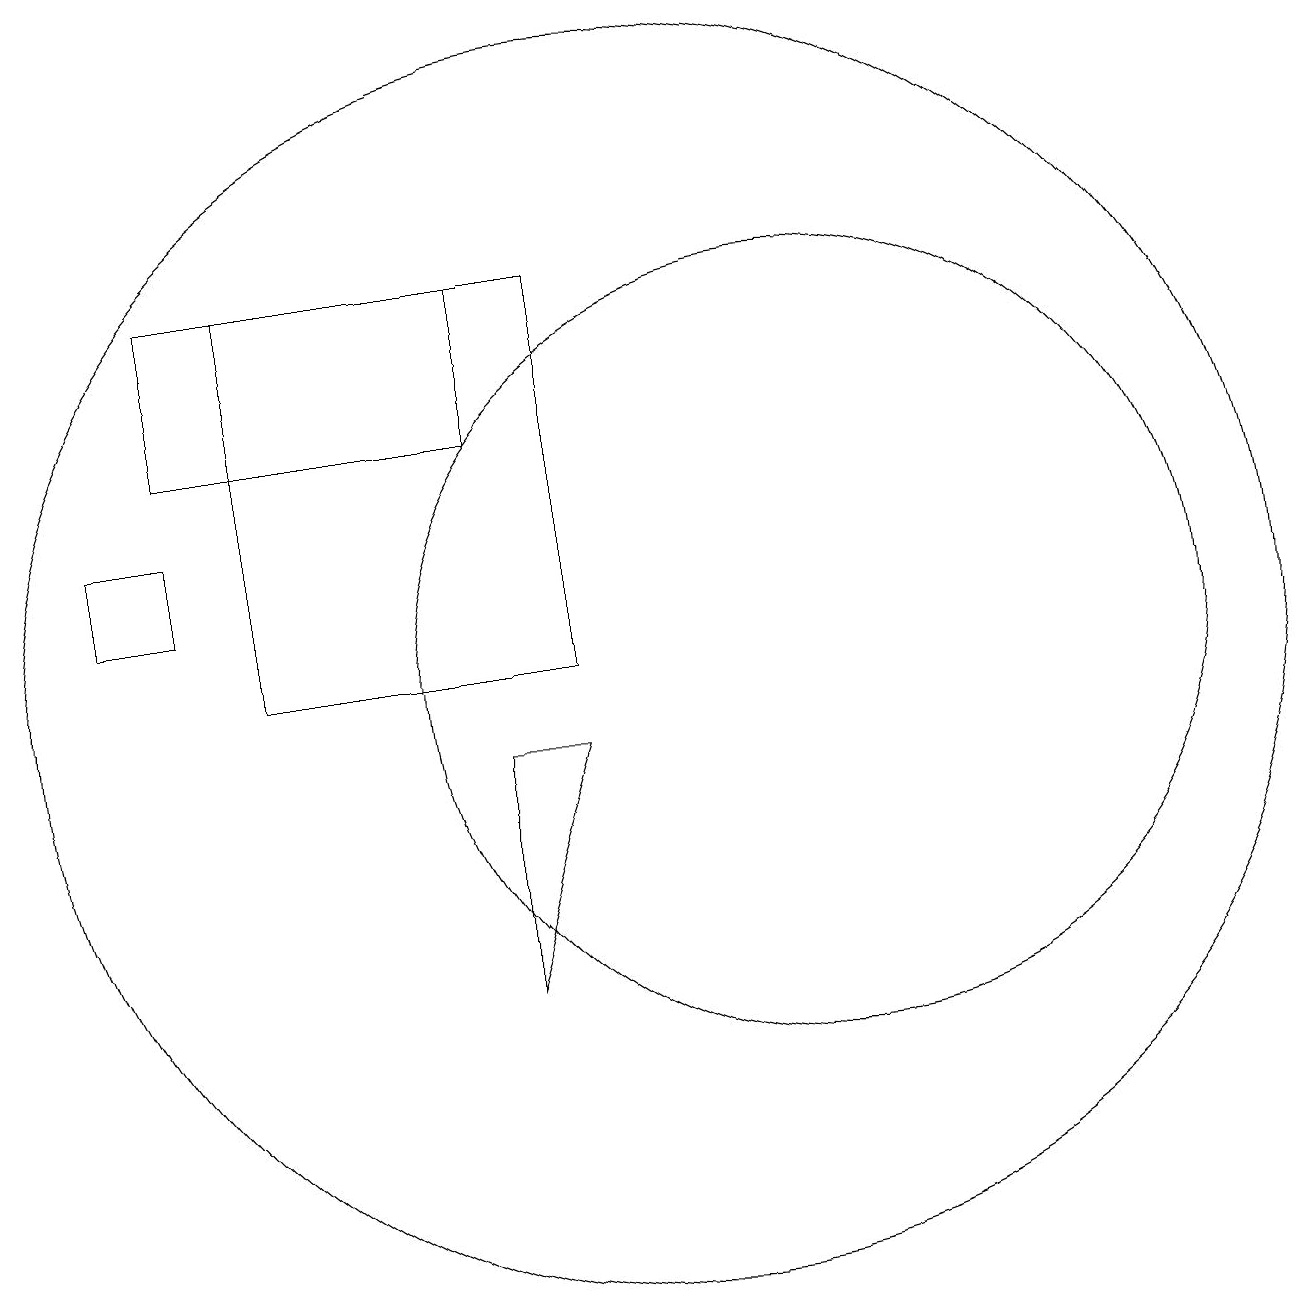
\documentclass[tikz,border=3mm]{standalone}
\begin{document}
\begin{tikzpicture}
\draw (12,10) circle (5);
\draw (8,15) rectangle (4,13);
\draw (10,10) circle (8);
\draw (4,12) rectangle (3,11);
\draw (8,9) -- (9,9) -- (8,6) -- cycle;
\draw (9,15) rectangle (5,10);
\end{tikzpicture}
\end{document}